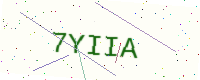
Text: 7YIIA